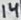
Text: 14